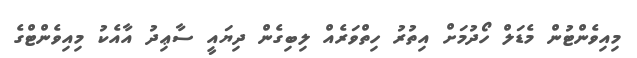
މިއިވެންޓުން މެޑަލް ހޯދުމަށް އިތުރު ހިތްވަރެއް ލިބިގެން ދިޔައީ ސާޢިދު އާއެކު މިއިވެންޓްގެ